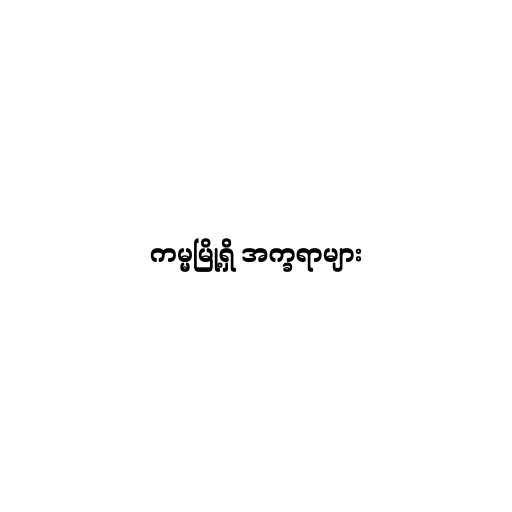
ကမ္မမြို့ရှိ အက္ခရာများ